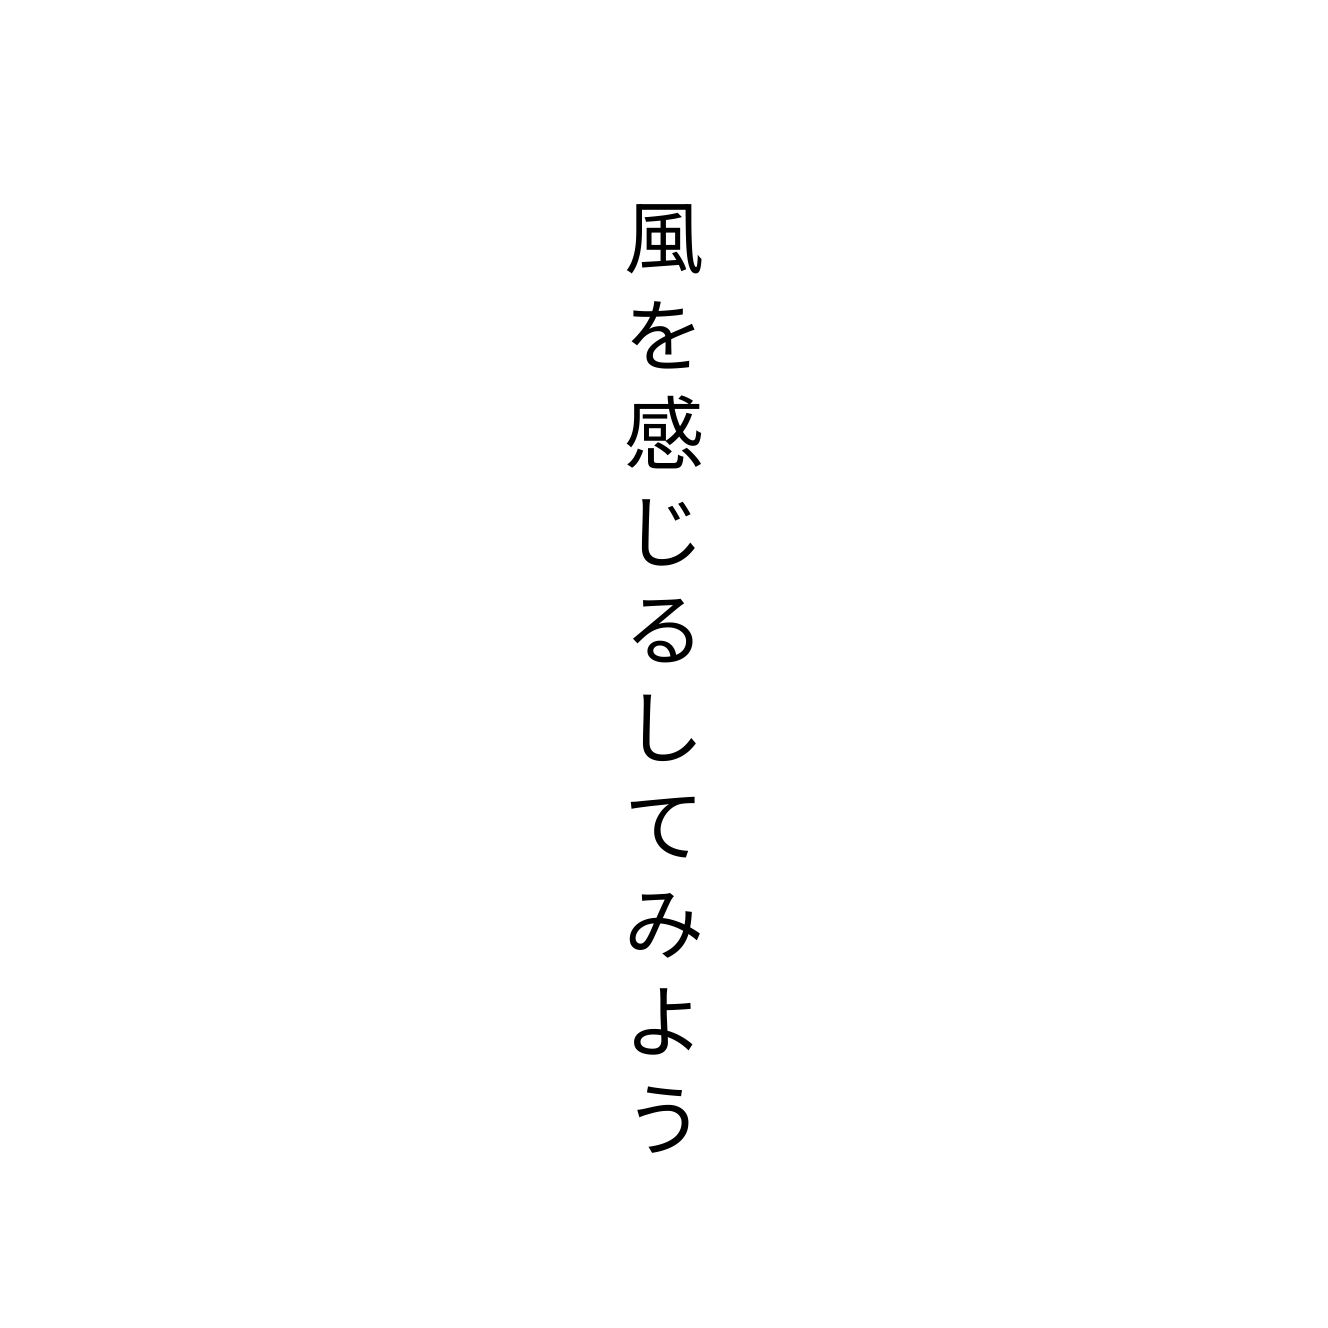
風を感じるしてみよう